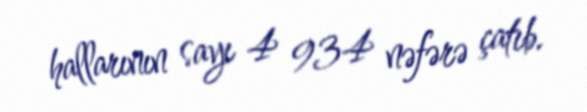
hallarının sayı 4 934 nəfərə çatıb.